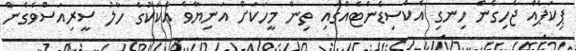
ޕިކަޕެއް ޖެހިގެން ހިނގި އެކްސިޑެންޓެއްގައި ތިން މީހަކަށް އަނިޔާވެ އެކަކުގެ ހާލު ސީރިއަސްވެގެން